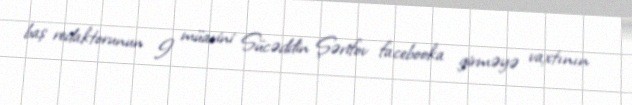
baş redaktorunun I müavini Sücəddin Şərifov facebooka girməyə vaxtının